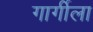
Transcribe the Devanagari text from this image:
गार्गीला